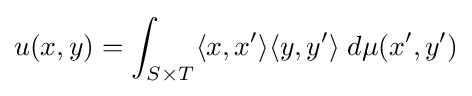
u(x,y)=\int _{S\times T}\langle x,x'\rangle \langle y,y'\rangle \;d\mu \!\left(x',y'\right)